Civil Veterinary Department Bihar & Orissa reports 1922-29 - 1922-1929
Year: 1922
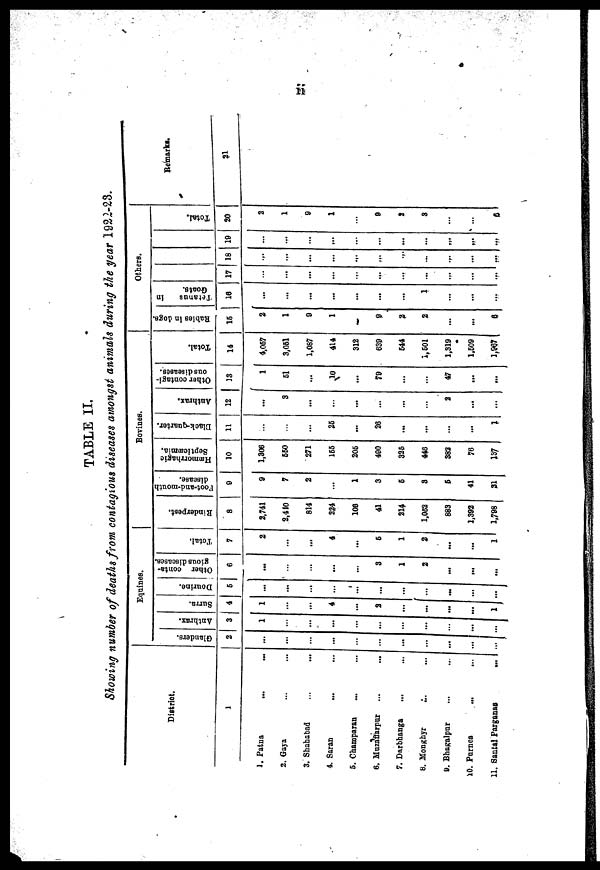
TABLE II.
Showing number of deaths from contagious diseases amongst animals during the year 1922-23.
District.
1
1. Patna ... ...
2. Gaya ... ...
3. Shababad ... ...
4. Saran ... ...
5. Champaran ... ...
6. Muzaffarpur
...
...
7. Darbhanga
... ...
8. Monghyr ... ...
9. Bhagalpar ... ...
10. Parnea ... ...
11. Santal
Parganas
...
Equines.
Glanders.
2
...
...
...
...
...
...
...
...
...
...
...
Anthrax.
3
1
...
...
...
...
...
...
...
...
...
...
8urra.
4
1
...
...
4
...
2
...
...
...
...
1
Dourine.
5
...
...
...
...
...
...
...
...
...
...
...
Other conta-
gious diseases.
6
...
...
...
...
...
3
1
2
...
...
...
Total.
7
2
...
...
4
...
5
1
2
...
...
1
Borines.
Rinderpest.
8
2,741
8,440
814
224
106
41
214
1,052
883
1,392
1,798
Foot-and-mouth
disease.
9
9
7
2
...
1
3
5
3
6
41
31
Hemorrhagic
Septicemia.
10
1,306
550
271
155
205
490
325
448
382
76
137
Black-quarter.
11
...
...
...
25
...
26
...
...
...
...
1
Anthrax.
12
...
3
...
...
...
...
...
...
2
...
...
Other contagi-
ous diseases.
13
1
51
...
10
...
79
...
...
47
...
...
Total.
14
4,067
3,051
1,087
414
312
839
544
1,501
1,319
1,509
1,967
Others.
Rabies in dogs.
15
2
1
9
1
-
9
3
2
...
...
5
Tetanus
in
Goats.
16
...
...
...
...
...
...
...
1
...
...
...
17
...
...
...
...
...
...
...
...
...
...
...
18
...
...
...
...
...
...
...
...
...
...
...
19
...
...
...
...
...
...
...
...
...
...
...
Total.
20
2
1
9
1
...
9
2
2
...
...
6
Remarks.
21